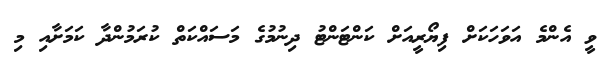
ވީ އެންމެ އަވަހަކަށް ފިޔޯރީއަށް ކަންޓަންޓު ދިނުމުގެ މަސައްކަތް ކުރަމުންދާ ކަމަށާއި މި